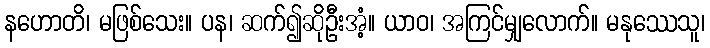
နဟောတိ၊ မဖြစ်သေး။ ပန၊ ဆက်၍ဆိုဦးအံ့။ ယာဝ၊ အကြင်မျှလောက်။ မနုဿေသူ၊